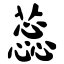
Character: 蕊